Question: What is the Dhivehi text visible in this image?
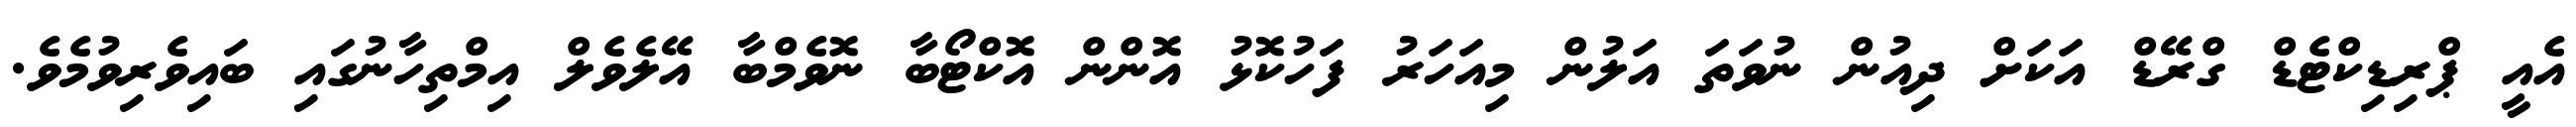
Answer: އެއީ ޕްރިޑިކްޓެޑް ގްރޭޑް އަކަށް ދިއުން ނުވަތަ އަލުން މިއަހަރު ފަހުކޮޅު އޮންން އޮކްޓޯބާ ނޮވެމްބާ އޭލެވެލް އިމްތިހާނުގައި ބައިވެރިވުމެވެ.